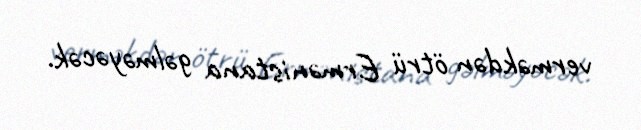
verməkdən ötrü Ermənistana gəlməyəcək.